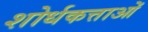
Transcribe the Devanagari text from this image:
शोर्धकत्ताओं